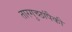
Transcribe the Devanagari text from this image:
तारगुच्छांपैकी